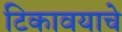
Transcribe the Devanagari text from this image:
टिकावयाचे